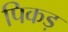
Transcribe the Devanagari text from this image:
पिकड़